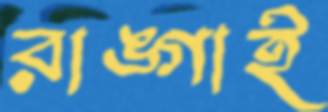
রাঙ্গাই